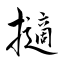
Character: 擿